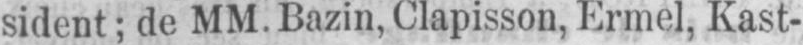
sident; de MM. Bazin, Clapisson, Ermel, Kast-